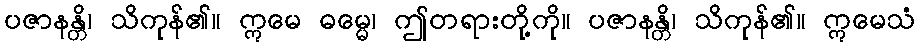
ပဇာနန္တိ၊ သိကုန်၏။ ဣမေ ဓမ္မေ၊ ဤတရားတို့ကို။ ပဇာနန္တိ၊ သိကုန်၏။ ဣမေသံ